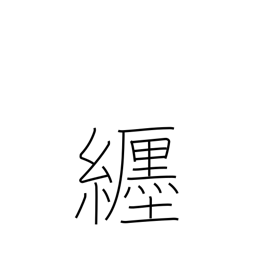
Meaning: wear